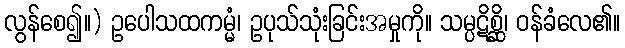
လွန်စေ၍။) ဥပေါသထကမ္မံ၊ ဥပုသ်သုံးခြင်းအမှုကို။ သမ္ပဋိစ္ဆိ၊ ဝန်ခံလေ၏။